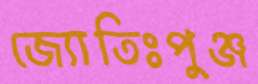
জ্যোতিঃপুঞ্জ